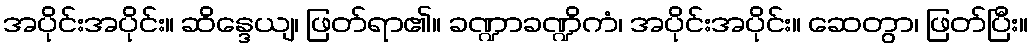
အပိုင်းအပိုင်း။ ဆိန္ဒေယျ၊ ဖြတ်ရာ၏။ ခဏ္ဍာခဏ္ဍိကံ၊ အပိုင်းအပိုင်း။ ဆေတွာ၊ ဖြတ်ပြီး။